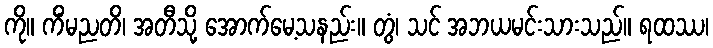
ကို။ ကိံမညတိ၊ အတီသို့ အောက်မေ့သနည်း။ တွံ၊ သင် အဘယမင်းသားသည်။ ရထဿ၊